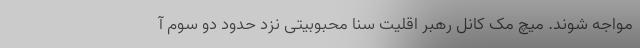
مواجه شوند. میچ مک کانل رهبر اقلیت سنا محبوبیتی نزد حدود دو سوم آ